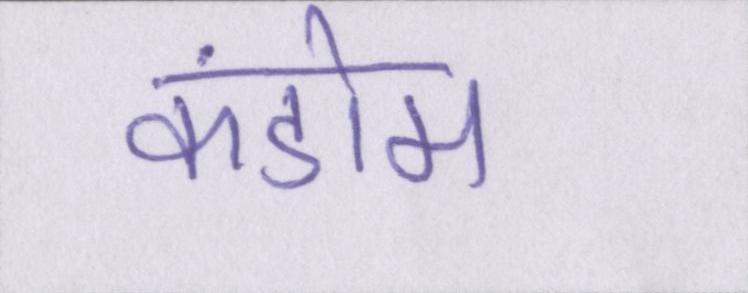
कंडोम